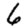
Digit: 6